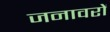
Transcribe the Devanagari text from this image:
जनावरों